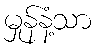
မှုန်နံ့သာ